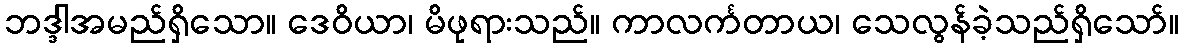
ဘဒ္ဒါအမည်ရှိသော။ ဒေဝိယာ၊ မိဖုရားသည်။ ကာလင်္ကတာယ၊ သေလွန်ခဲ့သည်ရှိသော်။